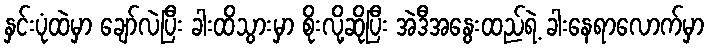
နှင်းပုံထဲမှာ ချော်လဲပြီး ခါးထိသွားမှာ စိုးလို့ဆိုပြီး အဲဒီအနွေးထည်ရဲ့ ခါးနေရာလောက်မှာ